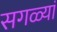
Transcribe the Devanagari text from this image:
सगळ्यां